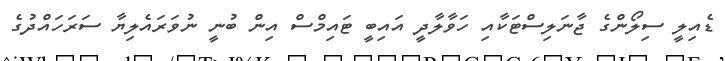
ޑެއިލީ ސިލޯންގެ ޖާނަލިސްޓަކާއި ހަވާލާދީ އައިބީ ޓައިމްސް އިން ބުނީ ނުވަރައެލިޔާ ސަރަހައްދުގެ